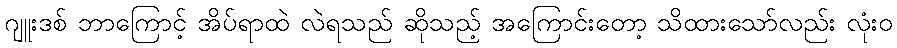
ဂျူးဒစ် ဘာကြောင့် အိပ်ရာထဲ လဲရသည် ဆိုသည့် အကြောင်းတော့ သိထားသော်လည်း လုံးဝ